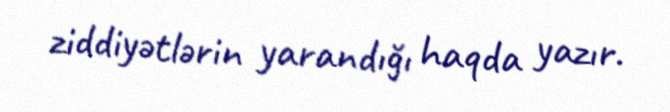
ziddiyətlərin yarandığı haqda yazır.